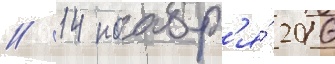
// 14 ноабр'я́ 2016